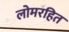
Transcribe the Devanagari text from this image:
लोमरहित